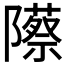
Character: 𬯡